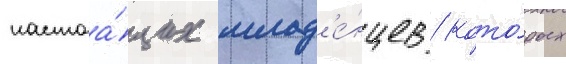
настоа́щих млад'е́нцев / кото́рых